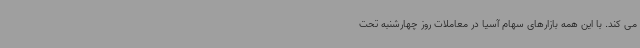
می کند. با این همه بازارهای سهام آسیا در معاملات روز چهارشنبه تحت